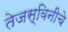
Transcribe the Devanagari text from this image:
तेजस्विनीचे